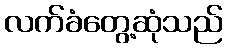
လက်ခံတွေ့ဆုံသည်